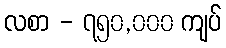
လစာ - ၇၅၀,၀၀၀ ကျပ်